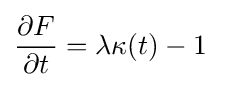
{\frac {\partial F}{\partial t}}=\lambda \kappa (t)-1\